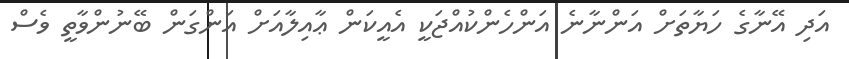
އަދި އޭނާގެ ހަޔާތަށް އަންނާނެ އަންހެންކުއްޖަކީ އެއީކަން ޢާއިލާއަށް އަންގަން ބޭނުންވާތީ ވެސް